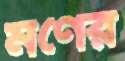
মণের